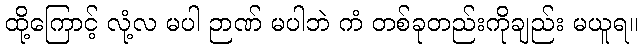
ထို့ကြောင့် လုံ့လ မပါ ဉာဏ် မပါဘဲ ကံ တစ်ခုတည်းကိုချည်း မယူရ။